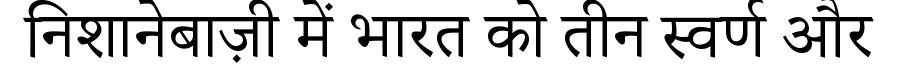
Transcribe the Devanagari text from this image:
निशानेबाज़ी में भारत को तीन स्वर्ण और